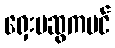
ရှေးမဆွကပင်